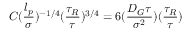
C ( \frac { l _ { p } } { \sigma } ) ^ { - 1 / 4 } ( \frac { \tau _ { R } } { \tau } ) ^ { 3 / 4 } = 6 ( \frac { D _ { G } \tau } { \sigma ^ { 2 } } ) ( \frac { \tau _ { R } } { \tau } )